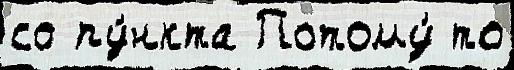
со пу́нкта Потому́ то